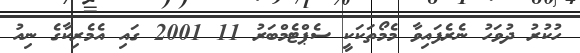
ހުކުރު ދުވަހު ނެރެފައިވާ މެމޯތަކަކީ ސެޕްޓެމްބަރު 11 2001 ގައި އެމެރިކާގެ ނިއު